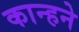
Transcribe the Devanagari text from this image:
कान्हने